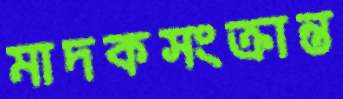
মাদকসংক্রান্ত